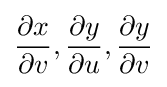
{\frac {\partial x}{\partial v}},{\frac {\partial y}{\partial u}},{\frac {\partial y}{\partial v}}